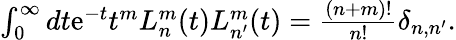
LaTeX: \begin{array}{r}{\int_{0}^{\infty}dt\mathrm{e}^{-t}t^{m}L_{n}^{m}(t)L_{n^{\prime}}^{m}(t)=\frac{(n+m)!}{n!}\delta_{n,n^{\prime}}.}\end{array}